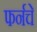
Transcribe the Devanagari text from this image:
फर्नचे